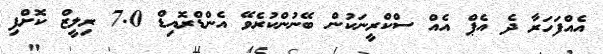
އެއްފަހަރާ ދެ އެޕް އެއް ސްކްރީނަކުން ބޭނުންކުރެވޭ އެންޑްރޮއިޑް 7.0 ރިލީޒް ކޮށްފި